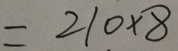
= 2 1 0 \times 8